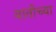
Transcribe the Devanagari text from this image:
वातीच्या